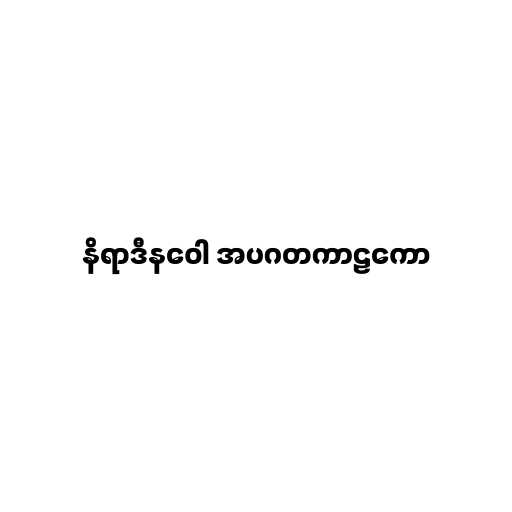
နိရာဒီနဝေါ အပဂတကာဠကော